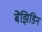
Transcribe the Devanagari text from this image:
बेंझिडिन